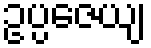
ဥပ္ပဇေယျ